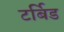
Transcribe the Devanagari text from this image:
टर्बिड